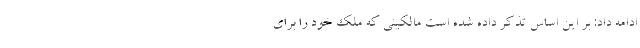
ادامه داد: بر این اساس تذکر داده شده است مالکینی که ملک خود را برای